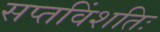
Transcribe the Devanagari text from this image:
सप्तविंशतिः